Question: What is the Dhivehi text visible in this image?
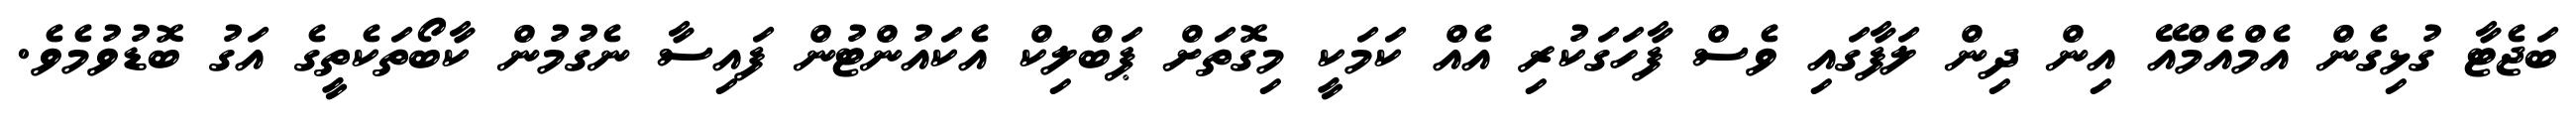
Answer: ބަޖެޓާ ގުޅިގެން އެމްއެމްއޭ އިން ދިން ލަފާގައި ވެސް ފާހަގަކުރި އެއް ކަމަކީ މިގޮތަށް ޕަބްލިކް އެކައުންޓުން ފައިސާ ނެގުމުން ކާބޯތަކެތީގެ އަގު ބޮޑުވުމެވެ.